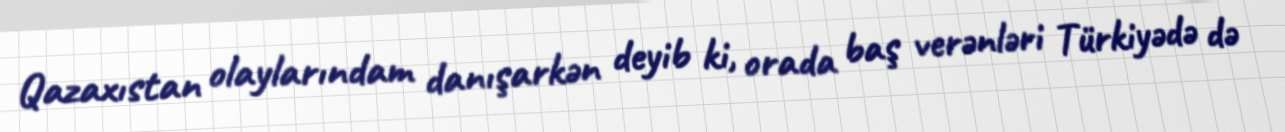
Qazaxıstan olaylarındam danışarkən deyib ki, orada baş verənləri Türkiyədə də